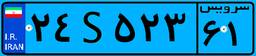
۰۴S۹۸۶۷۴